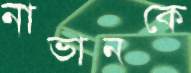
নাভানকে